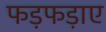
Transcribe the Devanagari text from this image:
फड़फड़ाए